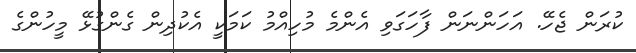
ކުރަން ޖެހޭ. އަހަންނަން ފާހަގަވި އެންމެ މުހިއްމު ކަމަކީ އެކުދިން ގެންގުޅޭ މީހުންގެ